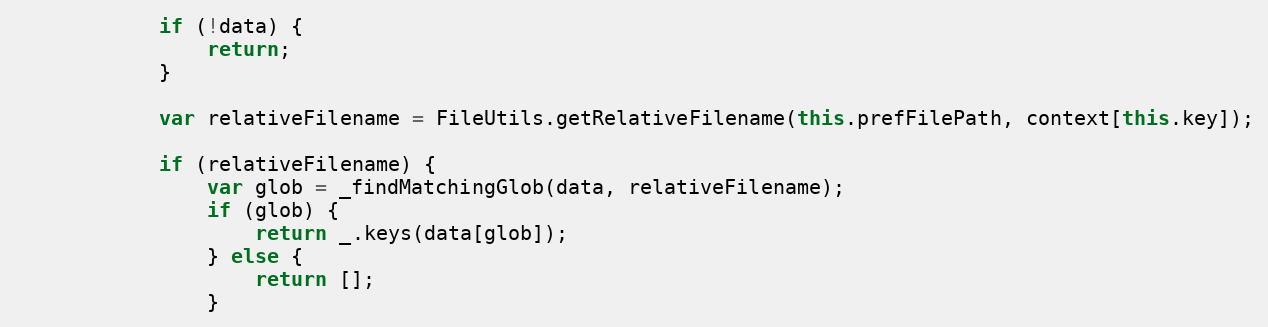
Language: JavaScript
            if (!data) {
                return;
            }

            var relativeFilename = FileUtils.getRelativeFilename(this.prefFilePath, context[this.key]);

            if (relativeFilename) {
                var glob = _findMatchingGlob(data, relativeFilename);
                if (glob) {
                    return _.keys(data[glob]);
                } else {
                    return [];
                }